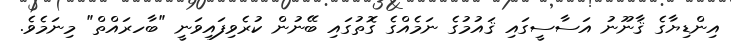
އިންޑިޔާގެ ޤާނޫނު އަސާސީގައި ޤައުމުގެ ނަމެއްގެ ގޮތުގައި ބޭނުން ކުރެވިފައިވަނީ "ބާހރައްތް" މިނަމެވެ.